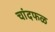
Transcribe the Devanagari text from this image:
चांदफळ